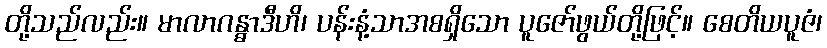
တို့သည်လည်း။ မာလာဂန္ဓာဒီဟိ၊ ပန်းနံ့သာအစရှိသော ပူဇော်ဖွယ်တို့ဖြင့်။ စေတိယပူဇံ၊